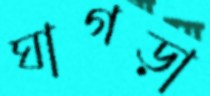
ঘাগড়া